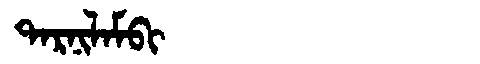
Manchu: ᡨᠠᡵᠨᡳᠯᠠᠮᠪᡳ
Romanization: TARNILAMBI